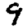
Digit: 9